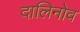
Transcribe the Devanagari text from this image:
दालिनोव